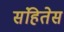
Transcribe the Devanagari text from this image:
संहितेस